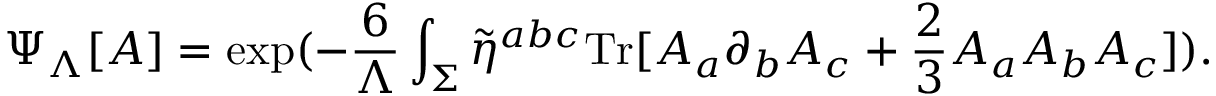
\Psi _ { \Lambda } [ A ] = \mathrm { e x p } ( - \frac { 6 } { \Lambda } \int _ { \Sigma } \tilde { \eta } ^ { a b c } \mathrm { T r } [ A _ { a } \partial _ { b } A _ { c } + \frac { 2 } { 3 } A _ { a } A _ { b } A _ { c } ] ) .